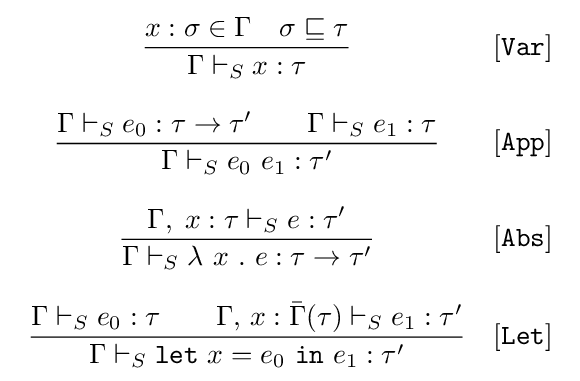
{\begin{array}{cl}\displaystyle {\frac {x:\sigma \in \Gamma \quad \sigma \sqsubseteq \tau }{\Gamma \vdash _{S}x:\tau }}&[{\mathtt {Var}}]\\\\\displaystyle {\frac {\Gamma \vdash _{S}e_{0}:\tau \rightarrow \tau '\quad \quad \Gamma \vdash _{S}e_{1}:\tau }{\Gamma \vdash _{S}e_{0}\ e_{1}:\tau '}}&[{\mathtt {App}}]\\\\\displaystyle {\frac {\Gamma ,\;x:\tau \vdash _{S}e:\tau '}{\Gamma \vdash _{S}\lambda \ x\ .\ e:\tau \rightarrow \tau '}}&[{\mathtt {Abs}}]\\\\\displaystyle {\frac {\Gamma \vdash _{S}e_{0}:\tau \quad \quad \Gamma ,\,x:{\bar {\Gamma }}(\tau )\vdash _{S}e_{1}:\tau '}{\Gamma \vdash _{S}{\mathtt {let}}\ x=e_{0}\ {\mathtt {in}}\ e_{1}:\tau '}}&[{\mathtt {Let}}]\end{array}}